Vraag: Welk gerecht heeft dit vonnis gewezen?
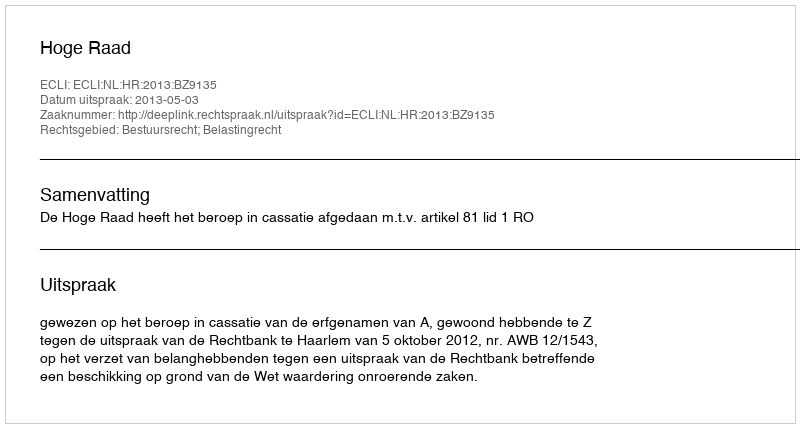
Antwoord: Hoge Raad